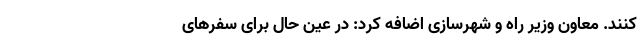
کنند. معاون وزیر راه و شهرسازی اضافه کرد: در عین حال برای سفر‌های